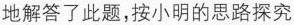
地解答了此题，按小明的思路探究